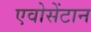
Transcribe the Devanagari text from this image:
एवोसेंटान